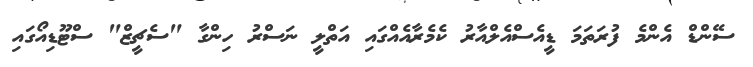
ސޭންޑް އެންމެ ފުރަތަމަ ޑީއެސްއެލްއާރު ކެމެރާއެއްގައި އަތްލީ ނަސްރު ހިންގާ "ސެޗީޒް" ސްޓޫޑިއޯގައި